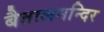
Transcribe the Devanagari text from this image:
बैतालमन्दिर